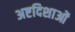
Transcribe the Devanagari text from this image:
अष्टदिशाओं